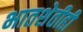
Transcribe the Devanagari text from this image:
भातशेतीही